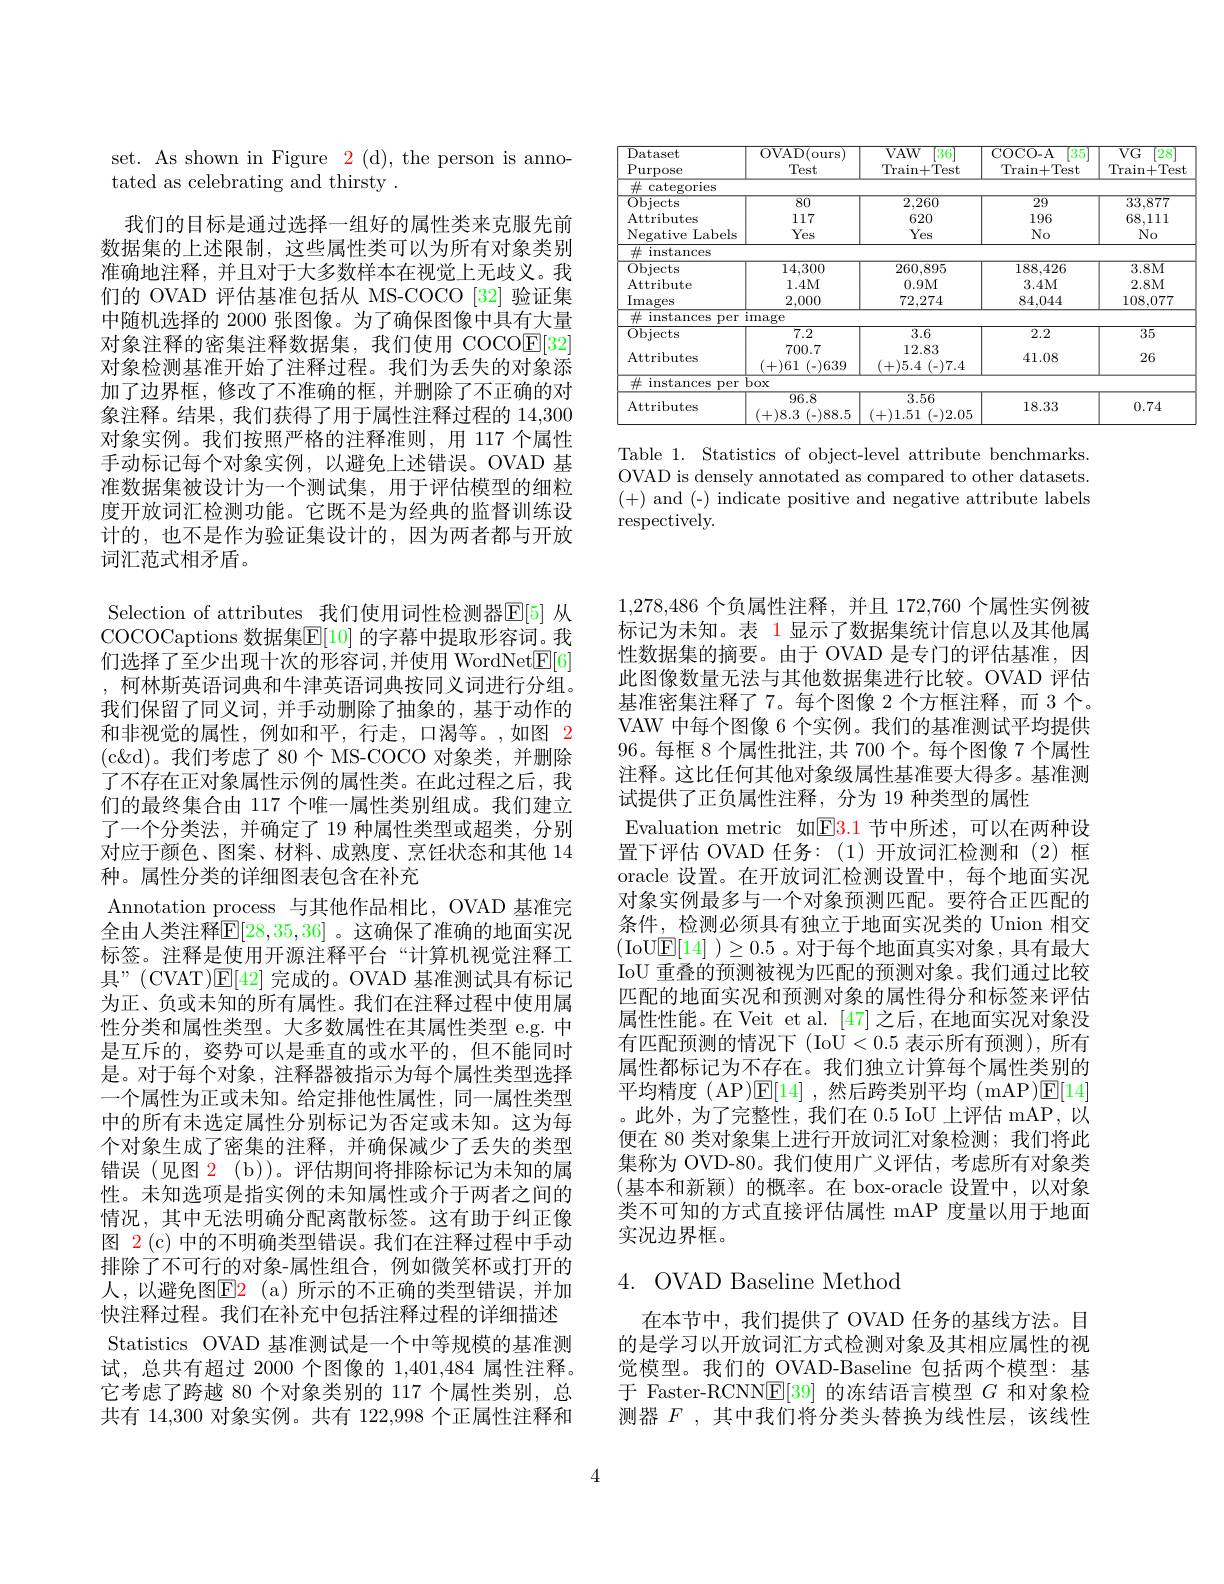
<table>
	<tbody>
		<tr>
			<td>Dataset</td>
			<td>OVAD( ours) </td>
			<td>$VAW$ 36</td>
			<td>COCO- A 35</td>
			<td>$VG$ 28</td>
		</tr>
		<tr>
			<td>Purpose</td>
			<td>Test</td>
			<td>Train+ Test</td>
			<td>Train+ Test</td>
			<td>Train. n+ Test</td>
		</tr>
		<tr>
			<td>categories $-H$</td>
			<td> </td>
			<td> </td>
			<td> </td>
			<td> </td>
		</tr>
		<tr>
			<td>$\overline{\mathrm{Objects}}$</td>
			<td>80</td>
			<td>2,260</td>
			<td>29</td>
			<td>33,877</td>
		</tr>
		<tr>
			<td>Attributes</td>
			<td>117</td>
			<td>620</td>
			<td>196</td>
			<td>68,111</td>
		</tr>
		<tr>
			<td>Negative Labels</td>
			<td>Yes</td>
			<td>Yes</td>
			<td>$No$</td>
			<td>$No$</td>
		</tr>
		<tr>
			<td>instances 中</td>
			<td> </td>
			<td> </td>
			<td> </td>
			<td> </td>
		</tr>
		<tr>
			<td>Obiects</td>
			<td>14,300</td>
			<td>260.895</td>
			<td>188.426</td>
			<td>$3.8M$</td>
		</tr>
		<tr>
			<td>14 ttribute</td>
			<td>$1.4M$</td>
			<td>$0.9M$</td>
			<td>$3.4M$</td>
			<td>$2.8M$</td>
		</tr>
		<tr>
			<td>$\operatorname{Images}$</td>
			<td>2,000</td>
			<td>72,274</td>
			<td>84,044</td>
			<td>108,077</td>
		</tr>
		<tr>
			<td>instances per</td>
			<td>$\operatorname$</td>
			<td> </td>
			<td> </td>
			<td> </td>
		</tr>
		<tr>
			<td>Objects</td>
			<td>7.2</td>
			<td>3.6</td>
			<td>2.2</td>
			<td>$\overline{35}$</td>
		</tr>
		<tr>
			<td>Attributes</td>
			<td>700.7 (+)61 1 (-)639</td>
			<td>12.83 (+)5.4 (-)7.4</td>
			<td>41.08</td>
			<td>26</td>
		</tr>
		<tr>
			<td>社 instances per</td>
			<td>$\overline{\mathrm{box}}$</td>
			<td> </td>
			<td> </td>
			<td> </td>
		</tr>
		<tr>
			<td>Attributes</td>
			<td>96.8 +)8.3 :(-)88.5 </td>
			<td>3.56 (+)1.51 (-)2.05</td>
			<td>18.33</td>
			<td>0.74</td>
		</tr>
	</tbody>
</table>

Table 1. Statistics of object-level attribute benchmarks. OVAD is densely annotated as compared to other datasets. (+) and (-) indicate positive and negative attribute labels respectively.

set. As shown in Figure 2(d), the person is anno-
tated as celebrating and thirsty .

我们的目标是通过选择一组好的属性类来克服先前数据集的上述限制，这些属性类可以为所有对象类别准确地注释，并且对于大多数样本在视觉上无歧义。我们的 OVAD 评估基准包括从 MS-COCO [32] 验证集中随机选择的 2000 张图像。为了确保图像中具有大量对象注释的密集注释数据集，我们使用 COCO$\boxed{\mathrm{E}[32]}$ 对象检测基准开始了注释过程。我们为丢失的对象添加了边界框，修改了不准确的框，并删除了不正确的对象注释。结果，我们获得了用于属性注释过程的 14,300对象实例。我们按照严格的注释准则，用 117 个属性手动标记每个对象实例，以避免上述错误。OVAD 基准数据集被设计为一个测试集，用于评估模型的细粒度开放词汇检测功能。它既不是为经典的监督训练设计的，也不是作为验证集设计的，因为两者都与开放词汇范式相矛盾。
Selection of attributes 我们使用词性检测器$\overline{\mathbb{E}}[5]$ 从COCOCaptions 数据集$\mathbb{E}[10]$ 的字幕中提取形容词。我们选择了至少出现十次的形容词，并使用 WordNet$\boxed{\mathrm{E}}[6]$ , 柯林斯英语词典和牛津英语词典按同义词进行分组。我们保留了同义词，并手动删除了抽象的，基于动作的和非视觉的属性，例如和平，行走，口渴等。,如图$\color{red}{2}$ (c<d)。我们考虑了 80个 MS-COCO 对象类，并删除了不存在正对象属性示例的属性类。在此过程之后，我们的最终集合由 117 个唯一属性类别组成。我们建立了一个分类法，并确定了 19 种属性类型或超类，分别对应于颜色、图案、材料、成熟度、烹饪状态和其他 14种。属性分类的详细图表包含在补充
Annotation process 与其他作品相比，OVAD 基准完全由人类注释$\mathbb{E}[28,35,36]$ 。这确保了准确的地面实况标签。注释是使用开源注释平台“计算机视觉注释工具”(CVAT)$\mathbb{E}[42]$完成的。OVAD 基准测试具有标记为正、负或未知的所有属性。我们在注释过程中使用属性分类和属性类型。大多数属性在其属性类型 e.g. 中是互斥的，姿势可以是垂直的或水平的，但不能同时是。对于每个对象，注释器被指示为每个属性类型选择一个属性为正或未知。给定排他性属性，同一属性类型中的所有未选定属性分别标记为否定或未知。这为每个对象生成了密集的注释，并确保减少了丢失的类型错误 (见图 2 (b))。评估期间将排除标记为未知的属性。未知选项是指实例的未知属性或介于两者之间的情况，其中无法明确分配离散标签。这有助于纠正像图 $\color{red}2\left(\mathrm{c}\right)$中的不明确类型错误。我们在注释过程中手动排除了不可行的对象-属性组合，例如微笑杯或打开的人，以避免图$\color{red}{\mathrm{E2}}$(a)所示的不正确的类型错误，并加快注释过程。我们在补充中包括注释过程的详细描述Statistics OVAD 基准测试是一个中等规模的基准测试，总共有超过 2000 个图像的 1,401,484 属性注释。它考虑了跨越 80 个对象类别的 117 个属性类别，总共有 14,300 对象实例。共有 122,998 个正属性注释和

1,278,486个负属性注释，并且 172,760 个属性实例被标记为未知。表 1 显示了数据集统计信息以及其他属性数据集的摘要。由于 OVAD 是专门的评估基准，因此图像数量无法与其他数据集进行比较。OVAD 评估基准密集注释了7。每个图像 2 个方框注释，而 3 个。VAW 中每个图像 6 个实例。我们的基准测试平均提供96。每框 8 个属性批注，共 700 个。每个图像 7 个属性注释。这比任何其他对象级属性基准要大得多。基准测试提供了正负属性注释，分为 19 种类型的属性
Evaluation metric 如$\color{#C00}{\mathrm{E}}\color{#C00}{\mathrm{E}}\color{#C000}{\mathrm{3.1}}$节中所述，可以在两种设置下评估 OVAD 任务：(1)开放词汇检测和(2)框oracle 设置。在开放词汇检测设置中，每个地面实况对象实例最多与一个对象预测匹配。要符合正匹配的条件，检测必须具有独立于地面实况类的 Union 相交(IoU$\underline {\mathrm{E} }[ 14]$ $) \geq 0. 5$ 。对于每个地面真实对象，具有最大IoU 重叠的预测被视为匹配的预测对象。我们通过比较匹配的地面实况和预测对象的属性得分和标签来评估属性性能。在 Veit et al. [47] 之后，在地面实况对象没有匹配预测的情况下(IoU<0.5 表示所有预测),所有属性都标记为不存在。我们独立计算每个属性类别的平均精度 (AP)$\mathbb{E}[14]$ ,然后跨类别平均 (mAP)$\mathbb{E}[14]$ 。此外，为了完整性，我们在 0.5 IoU 上评估 mAP,以便在 80 类对象集上进行开放词汇对象检测；我们将此集称为 OVD-80。我们使用广义评估，考虑所有对象类(基本和新颖)的概率。在 box-oracle 设置中，以对象类不可知的方式直接评估属性 mAP 度量以用于地面实况边界框。

## $4.{\mathrm{OVADBaseline~Method}}$

在本节中，我们提供了 OVAD 任务的基线方法。目的是学习以开放词汇方式检测对象及其相应属性的视觉模型。我们的 OVAD-Baseline 包括两个模型：基于 Faster-RCNNE[39]的冻结语言模型$G$和对象检测器$F$ ,其中我们将分类头替换为线性层，该线性

4